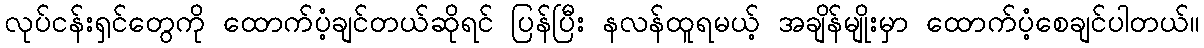
လုပ်ငန်းရှင်တွေကို ထောက်ပံ့ချင်တယ်ဆိုရင် ပြန်ပြီး နလန်ထူရမယ့် အချိန်မျိုးမှာ ထောက်ပံ့စေချင်ပါတယ်။